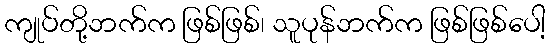
ကျုပ်တို့ဘက်က ဖြစ်ဖြစ်၊ သူပုန်ဘက်က ဖြစ်ဖြစ်ပေါ့